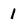
Character: 1